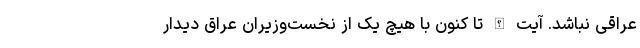
عراقی نباشد. آیت الله تا کنون با هیچ یک از نخست‌وزیران عراق دیدار